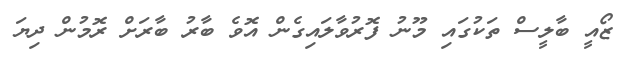
ޒޯއީ ބާލީސް ތަކުގައި މޫނު ފޮރުވާލައިގެން އޮވެ ބާރު ބާރަށް ރޮމުން ދިޔަ